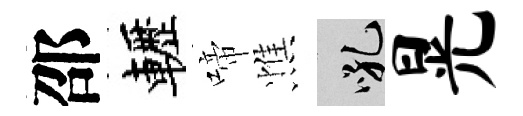
邵轣啼憔吼晃